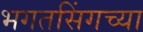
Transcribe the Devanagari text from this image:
भगतसिंगच्या